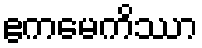
ဧကမေကိဿာ